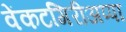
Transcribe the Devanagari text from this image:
वेंकटगिरीअप्पा